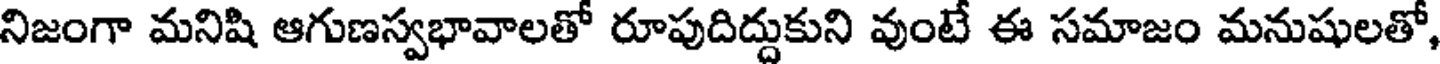
నిజంగా మనిషి ఆగుణస్వభావాలతో రూపుదిద్దుకుని వుంటే ఈ సమాజం మనుషులతో,